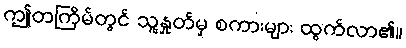
ဤတကြိမ်တွင် သူ့နှုတ်မှ စကားများ ထွက်လာ၏။